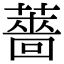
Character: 薔